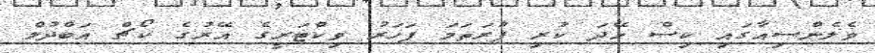
ވެލެންސިއާގައި ކިސް ހޭދަ ކުރި ފުރަތަމަ ފަހަރު ވިކްޓަރީގެ އޭރުގެ ކޯޗް އަބްދުލް